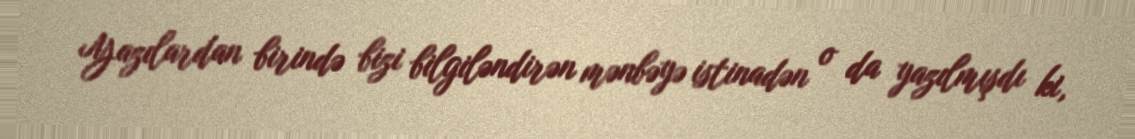
Yazılardan birində bizi bilgiləndirən mənbəyə istinadən o da yazılmışdı ki,